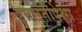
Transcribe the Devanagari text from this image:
इमारतीपेक्षा